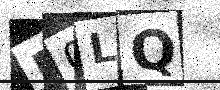
Text: R0LQ